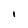
Character: I